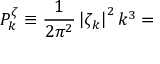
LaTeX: P _ { k } ^ { \zeta } \equiv \frac { 1 } { 2 \pi ^ { 2 } } \left| \zeta _ { k } \right| ^ { 2 } k ^ { 3 } =